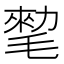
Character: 𰚨